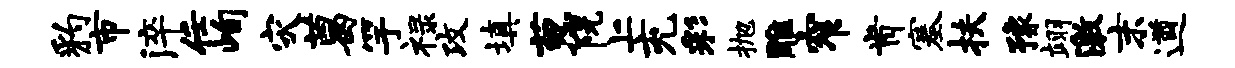
豹市淬任峋灾葛竽禄攻填葱阮上充彩抛雕窄肯塞扶豫翊激末遒